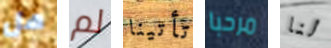
هل لم تأتينا مرحبا لنا